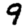
Digit: 9